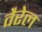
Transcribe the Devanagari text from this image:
वैरेल